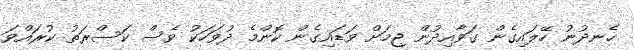
ހެނދުނު ހޭލައިގެން ގަވާއިދުން ޖިމަށް ވަޑައިގެން ކޮންމެ ދުވަހަކު ވެސް ކަސްރަތު ކުރައްވަ